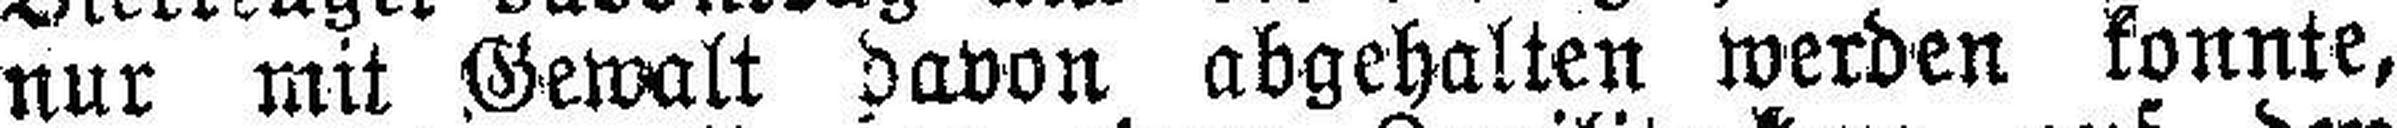
nur mit Gewalt davon abgehalten werden konnte,